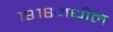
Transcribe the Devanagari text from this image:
१९१६मधील